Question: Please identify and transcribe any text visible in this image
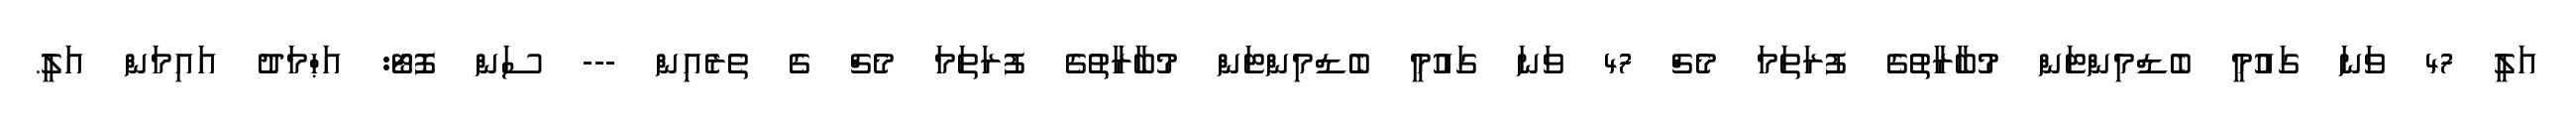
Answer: އަލީ 47 ވަނަ ގައުމީ ބެޑްމިންޓަން މުބާރާތުގެ ފުރަތަމަ މެޗް 47 ވަނަ ގައުމީ ބެޑްމިންޓަން މުބާރާތުގެ ފުރަތަމަ މެޗް ގެ ތެރެއިން --- ސަން ފޮޓޯ: އަޙްމަދު އައިމަން އަލީ.